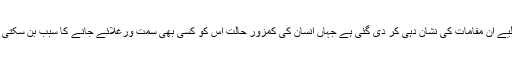
اس لیے ان مقامات کی نشان دہی کر دی گئی ہے جہاں انسان کی کمزور حالت اس کو کسی بھی سمت ورغلائے جانے کا سبب بن سکتی ہے۔